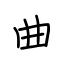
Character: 曲